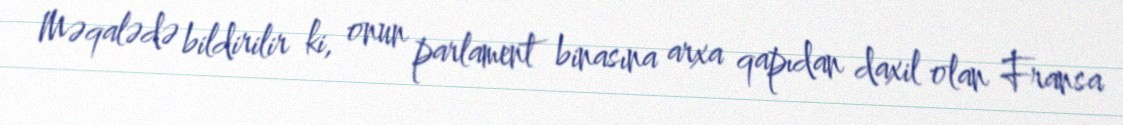
Məqalədə bildirilir ki, onun parlament binasına arxa qapıdan daxil olan Fransa